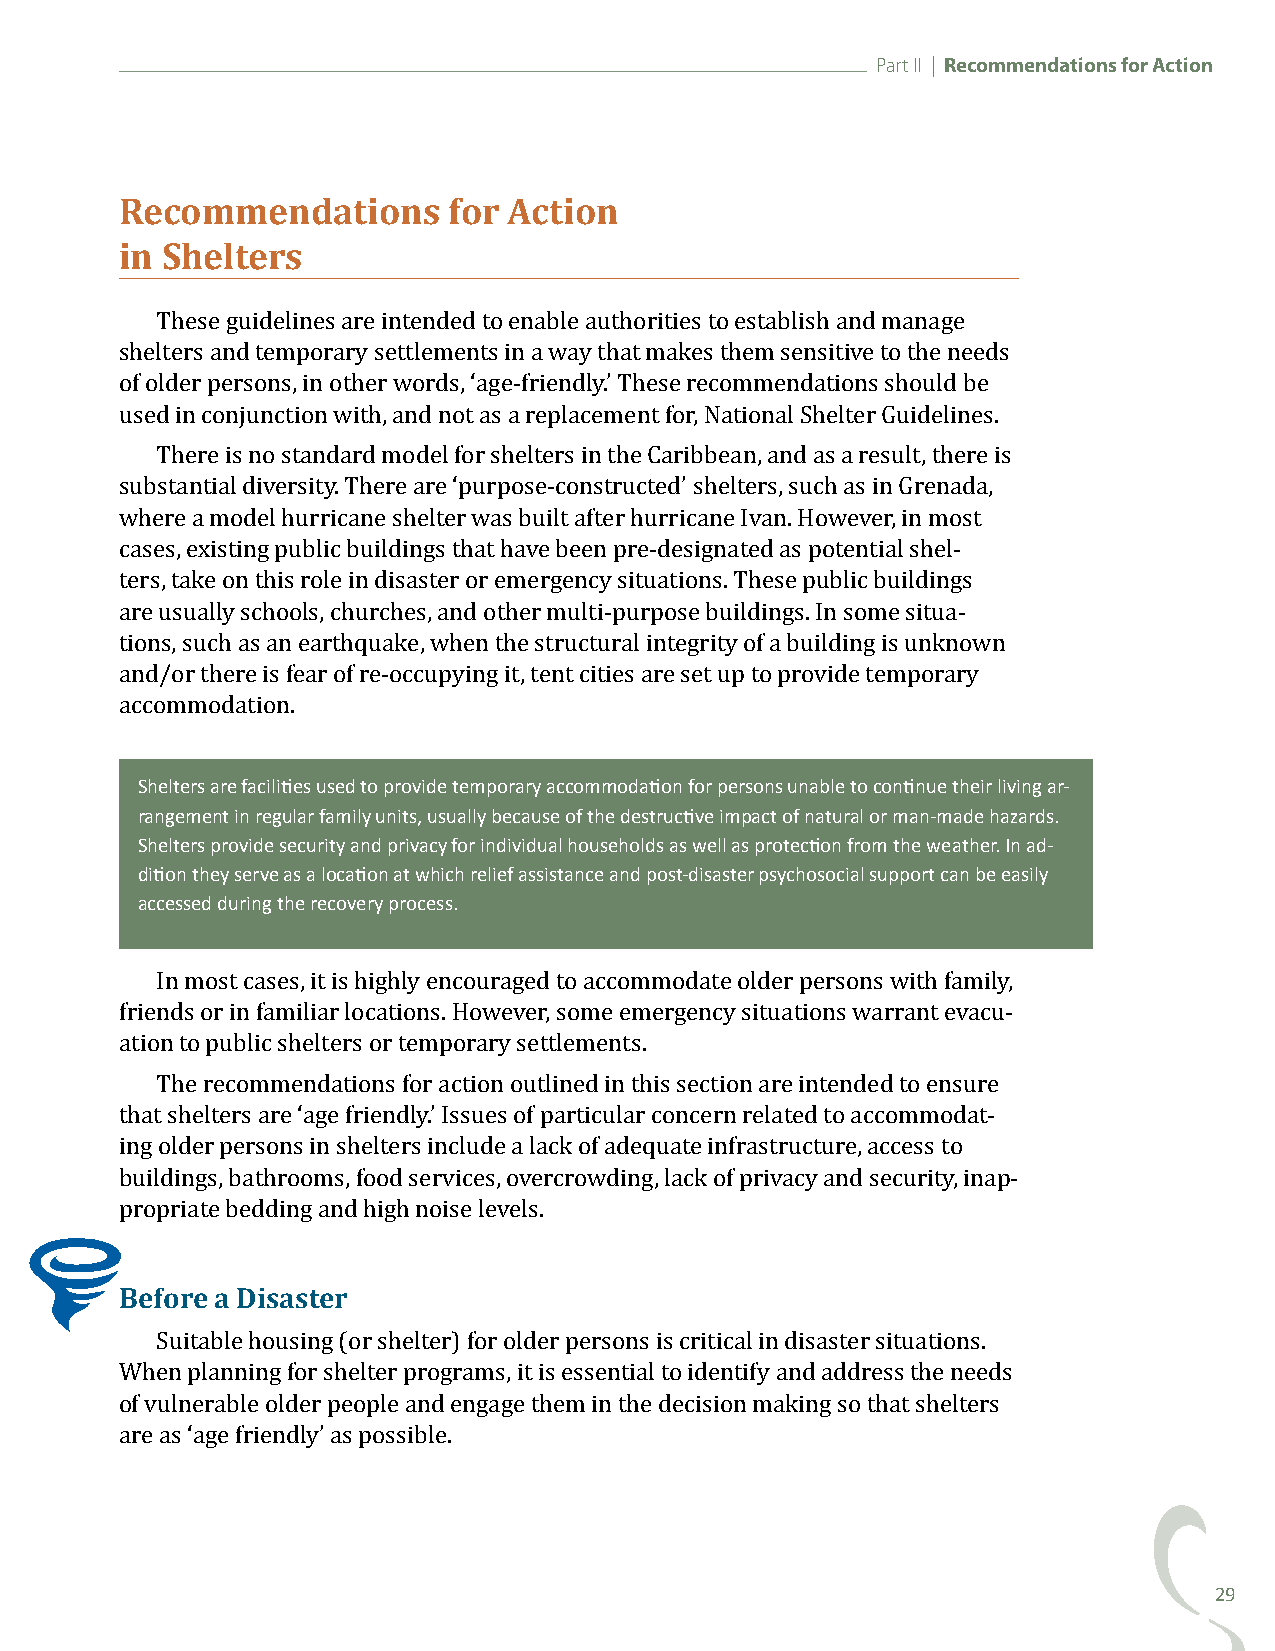
Part II | Recommendations for Action
 Recommendations       for Action
 in Shelters
 These guidelines are intended to enable authorities to establish and manage
 shelters and temporary settlements in a way that makes them sensitive to the needs
 of older persons, in other words, ‘age-friendly.’ These recommendations should be
 used in conjunction with, and not as a replacement for, National Shelter Guidelines.
 There is no standard model for shelters in the Caribbean, and as a result, there is
 substantial diversity. There are ‘purpose-constructed’ shelters, such as in Grenada,
 where a model hurricane shelter was built after hurricane Ivan. However, in most
 cases, existing public buildings that have been pre-designated as potential shel-
 ters, take on this role in disaster or emergency situations. These public buildings
 are usually schools, churches, and other multi-purpose buildings. In some situa-
 tions, such as an earthquake, when the structural integrity of a building is unknown
 and/or there is fear of re-occupying it, tent cities are set up to provide temporary
 accommodation.
 Shelters are facilities used to provide temporary accommodation for persons unable to continue their living ar-
 rangement in regular family units, usually because of the destructive impact of natural or man-made hazards.
 Shelters provide security and privacy for individual households as well as protection from the weather. In ad-
 dition they serve as a location at which relief assistance and post-disaster psychosocial support can be easily
 accessed during the recovery process.
 In most cases, it is highly encouraged to accommodate older persons with family,
 friends or in familiar locations. However, some emergency situations warrant evacu-
 ation to public shelters or temporary settlements.
 The recommendations for action outlined in this section are intended to ensure
 that shelters are ‘age friendly.’ Issues of particular concern related to accommodat-
 ing older persons in shelters include a lack of adequate infrastructure, access to
 buildings, bathrooms, food services, overcrowding, lack of privacy and security, inap-
 propriate bedding and high noise levels.
 Before a Disaster
 Suitable housing (or shelter) for older persons is critical in disaster situations.
 When planning for shelter programs, it is essential to identify and address the needs
 of vulnerable older people and engage them in the decision making so that shelters
 are as ‘age friendly’ as possible.
 29